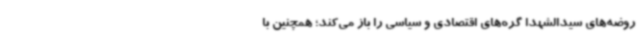
روضه‌های سیدالشهدا گره‌های اقتصادی و سیاسی را باز می‌کند؛ همچنین با